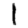
Digit: 1